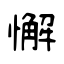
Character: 懈